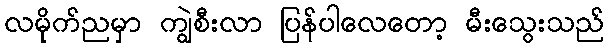
လမိုက်ညမှာ ကျွဲစီးလာ ပြန်ပါလေတော့ မီးသွေးသည်